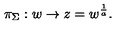
\pi _ { \Sigma } : w \to z = w ^ { { \frac { 1 } { a } } } .